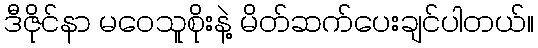
ဒီဇိုင်နာ မဝေသူစိုးနဲ့ မိတ်ဆက်ပေးချင်ပါတယ်။